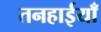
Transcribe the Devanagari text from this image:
तनहाईयाँ